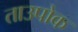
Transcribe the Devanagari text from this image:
ताउपोक